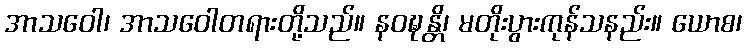
အာသဝေါ၊ အာသဝေါတရားတို့သည်။ နဝဍ္ဎန္တိ၊ မတိုးပွားကုန်သနည်း။ ယောစ၊